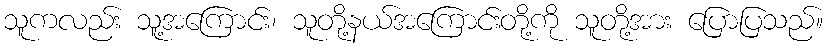
သူကလည်း သူ့အကြောင်း၊ သူတို့နယ်အကြောင်းတို့ကို သူတို့အား ပြောပြသည်။